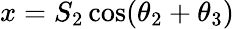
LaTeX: x=S_{2}\cos(\theta_{2}+\theta_{3})